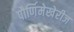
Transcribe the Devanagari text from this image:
पौर्णिमेखेरीज